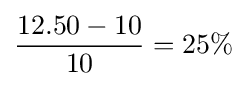
{\frac {12.50-10}{10}}=25\%